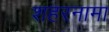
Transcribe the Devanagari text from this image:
शहरनामा